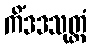
ကိံဒဒသုတ္တံ